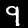
Label: 9